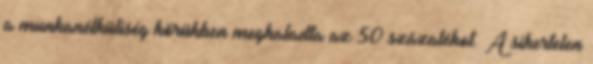
a munkanélküliség körükben meghaladta az 50 százalékot. A sikertelen